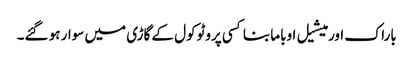
باراک اور میشیل اوباما بنا کسی پروٹوکول کے گاڑی میں سوار ہو گئے۔